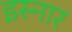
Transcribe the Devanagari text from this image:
इस्नार